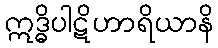
ဣဒ္ဓိပါဋိဟာရိယာနိ